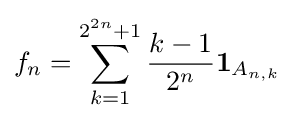
f_{n}=\sum _{k=1}^{2^{2n}+1}{\frac {k-1}{2^{n}}}{\mathbf {1} }_{A_{n,k}}